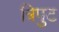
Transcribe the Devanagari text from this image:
त्रिपुट